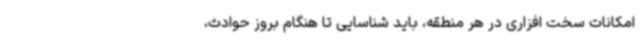
امکانات سخت افزاری در هر منطقه، باید شناسایی تا هنگام بروز حوادث،